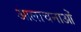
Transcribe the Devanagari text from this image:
आलाचनाओं